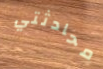
محادثتي